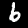
Digit: 6